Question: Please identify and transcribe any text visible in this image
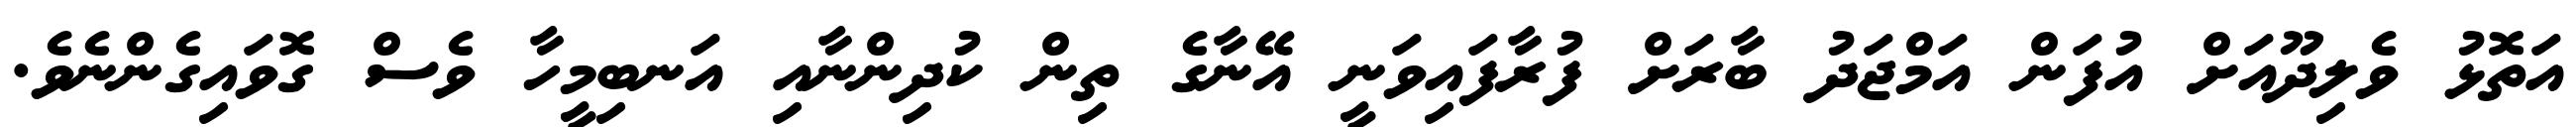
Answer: އަތޮޅު ވެލިދޫއަށް އުފަން އަމްޖަދު ބާރަށް ފުރާފައިވަނީ އޭނާގެ ތިން ކުދިންނާއި އަނބިމީހާ ވެސް ގޮވައިގެންނެވެ.